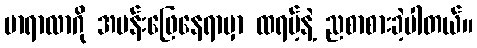
မာရာလာဂို အပန်းဖြေနေရာမှာ ထရမ့်နဲ့ ညစာစားခဲ့ပါတယ်။